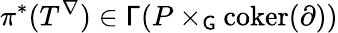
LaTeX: \pi^{*}(T^{\nabla})\in\mathsf{\Gamma}(P\times_{\mathsf{G}}{\mathrm{coker}}(\partial))